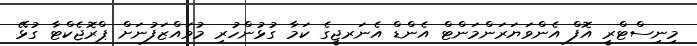
މިނިސްޓްރީ އޮފް އެންވަޔަރަންމަންޓް އެންޑް އެނަރޖީގެ ކަމާ ގުޅުންހުރި މުވައްޒަފުނަށް ޕްރޮޖެކްޓާ ގުޅޭ